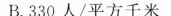
B.330人/平方千米